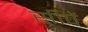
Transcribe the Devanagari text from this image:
सीपें